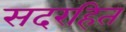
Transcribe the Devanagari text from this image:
सदरहित